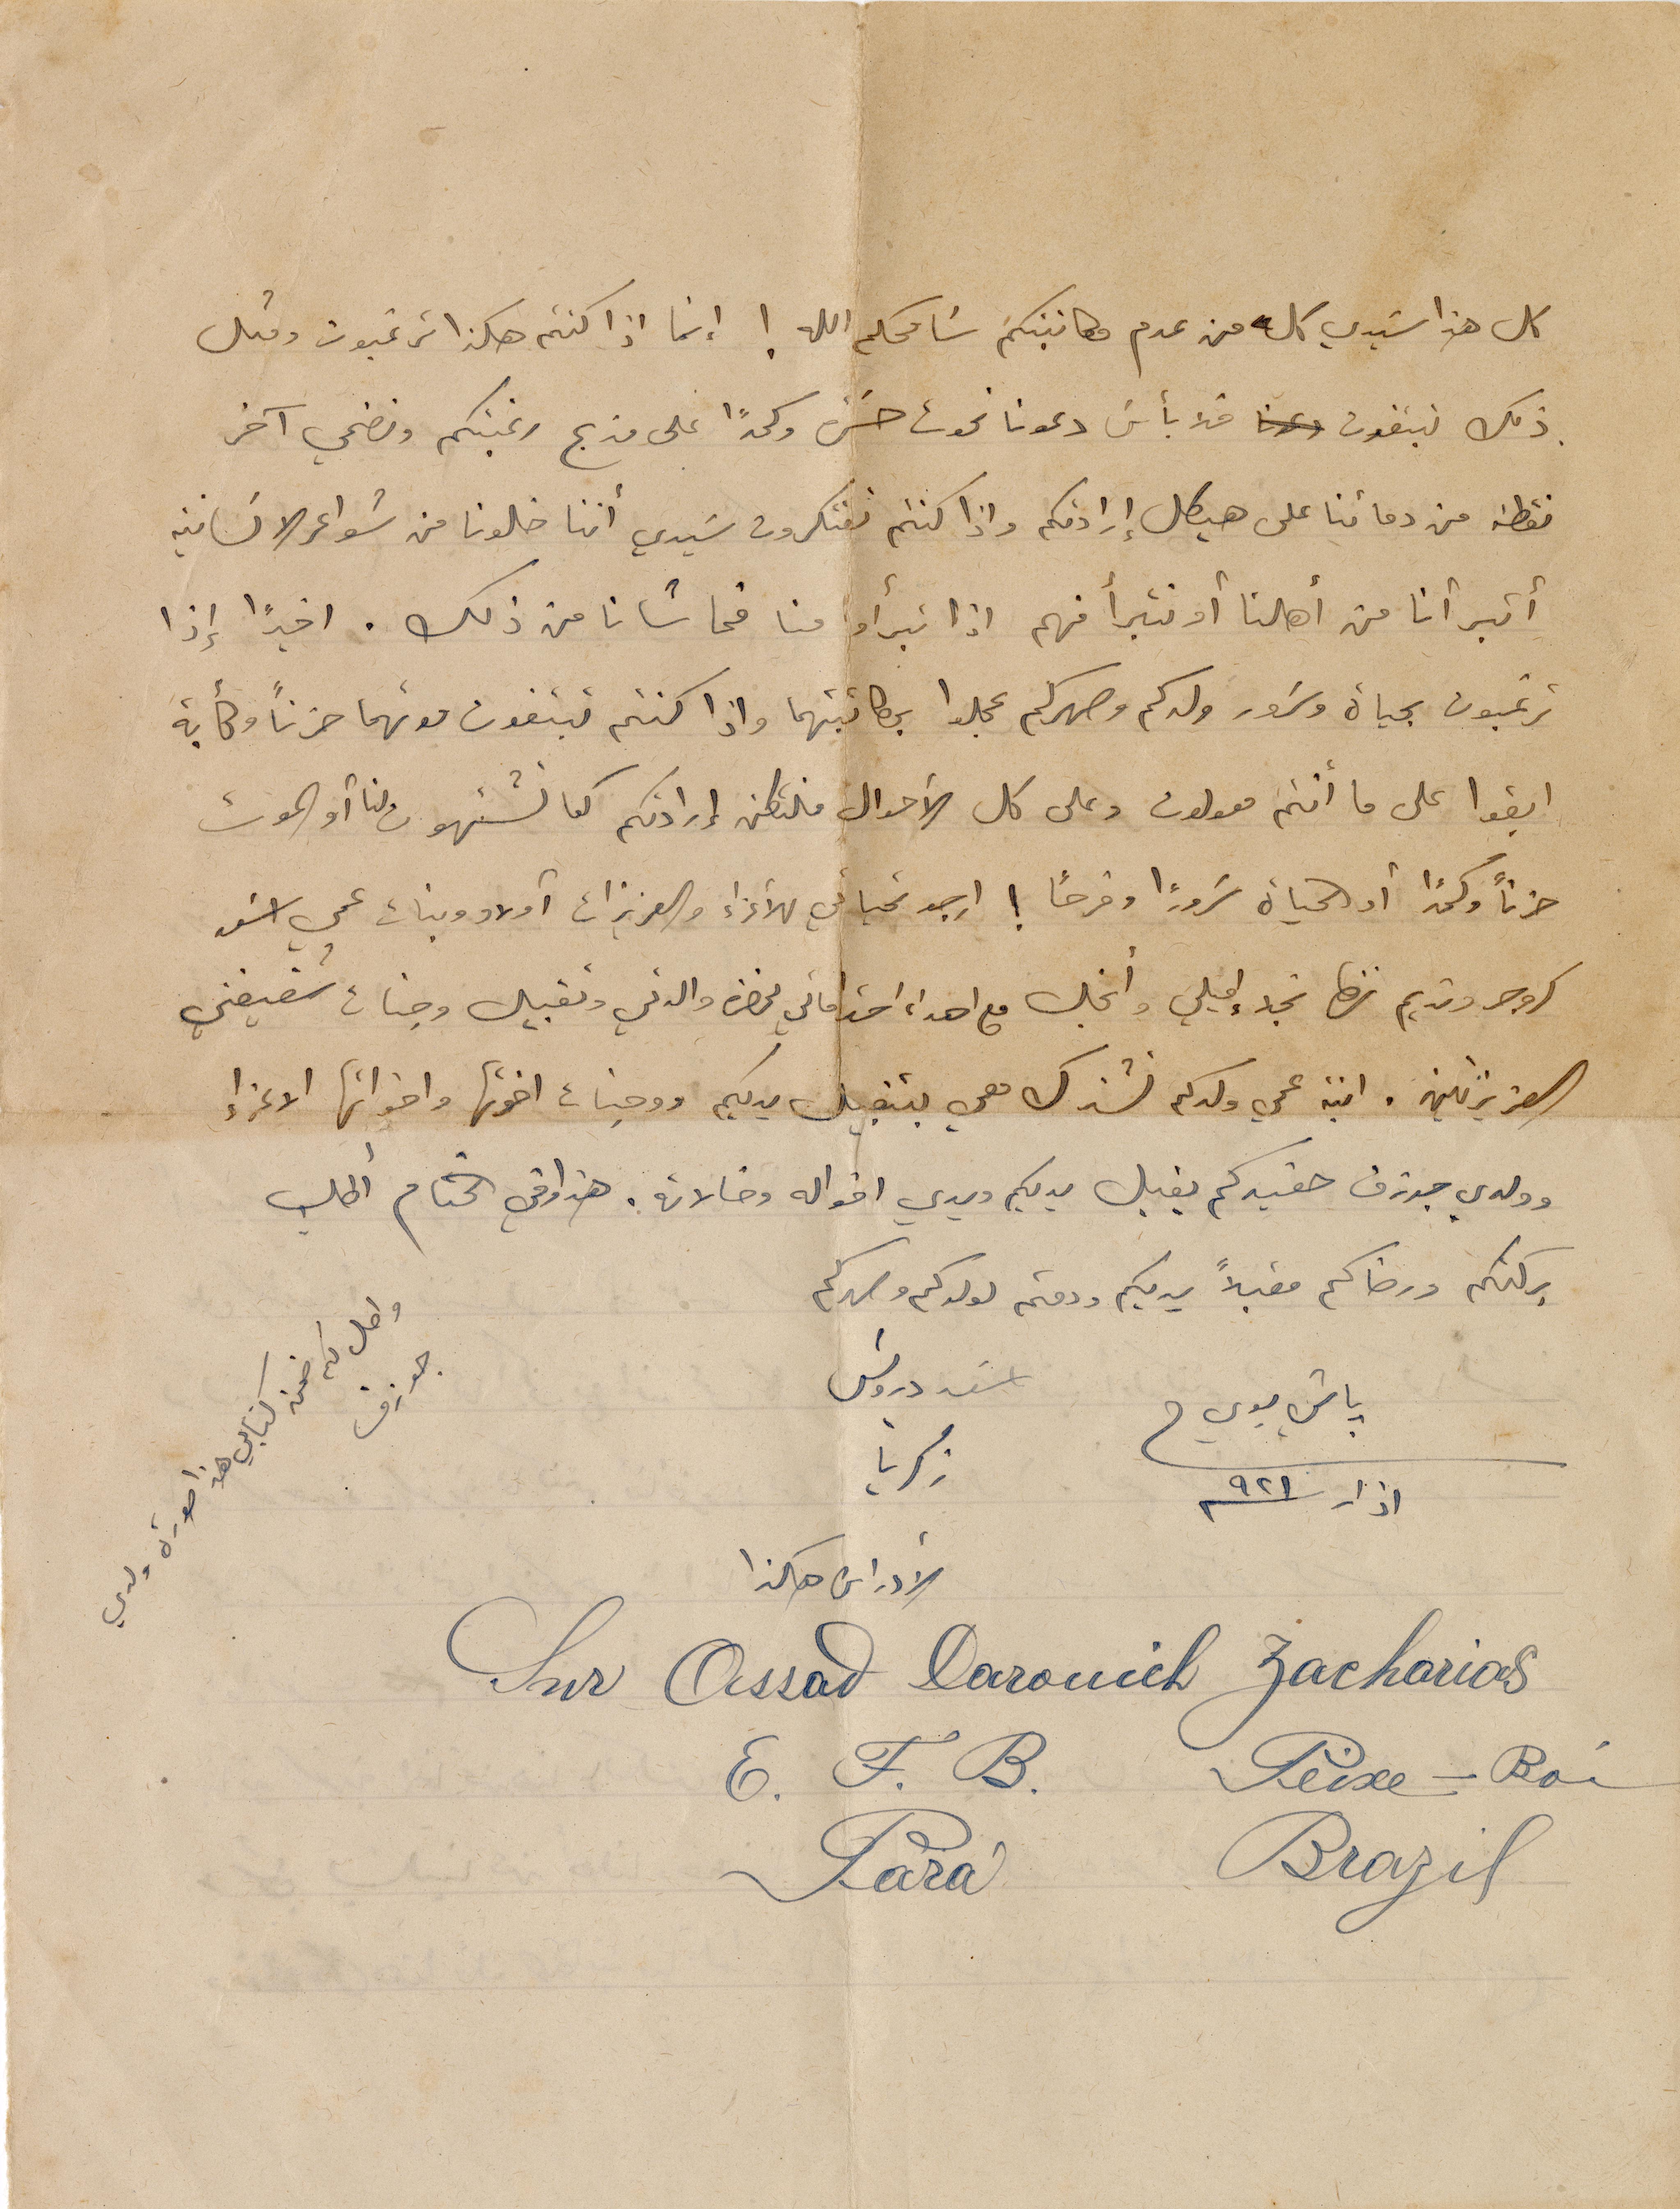
كل هذا سَيدي كله من عدم مكاتبتكم سَامحكم الله ! إنما إذا كنتم هكذا ترغبون ومثل
ذلك تبغون فلا بأسَ دعونا نموت حَسرة وكمداً على مذبح  رغبتكم ونضحي آخر
نقطة من دمائنا على هيكل إرادتكم واذا كنتم تفكرون سَيدي أننا خلونا من شواعر الانسانية
أتبرأنا من أهلنا أو نتبرأ منهم اذا تبرأوا منا فحاشانا من ذلك. اخيراً إذا
ترغبون بحياة وسَرور ولدكم وصهركم عجلوا بمكاتبتهما واذا كنتم تبتغون موتهما حزناً وكآبة
ابقوا على ما انتم معولون وعلى كل الأحوال فلتكن إرادتكم كما تشتهون لنا أو الموت
حزناً وسهراً أو الحياة سُروراً وفرحاً! اوجه تحياتي للأعزاء والعزيزات أولاد وبنات عمي أسعد
كروم ونديم نزها نجد إميلي وأنجل مع اهداء احتراماتي لحضرة والدتي وتقبيل وجنات شقيقتي
العزيزتين. ابنة عمي ولدكم تشترك معي بتقبيل يديكم ووجنات اخوتها واخواتها الاعزاء
وولدي جوزف حفيدكم يقبل يديكم ويدي اخواله وخالاته. هذا وفي الختام أطلب
بركتكم ورضاكم مقبلاً يديكم ودمتم لولدكم وصهركم.
باقي بوي في اذار سنة ٩٢١
اسعد درويش زكريا
واصل لكم ضمن كتابي هذا صورة ولدي جوزف
الأدراس هكذا
Cher Assad Darouich Zacharias
E.F.B. Peixe-Boi
Parà  Brazil